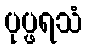
ပုပ္ဖရသံ